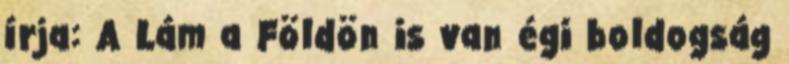
írja: A Lám a Földön is van égi boldogság